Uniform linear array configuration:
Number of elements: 4
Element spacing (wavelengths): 0.25
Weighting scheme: binomial
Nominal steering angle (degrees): -60
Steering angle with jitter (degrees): -58.661
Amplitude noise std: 0.05
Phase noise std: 0.05

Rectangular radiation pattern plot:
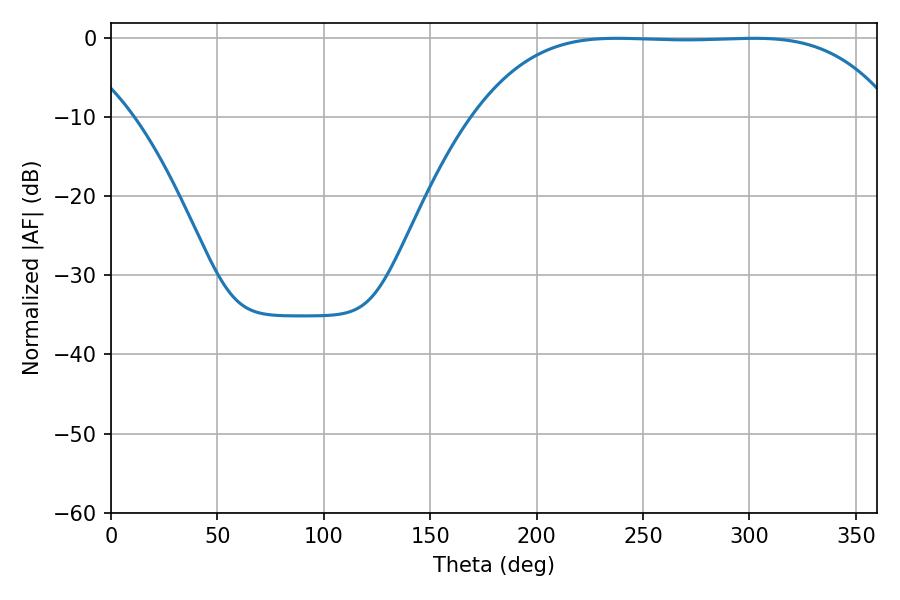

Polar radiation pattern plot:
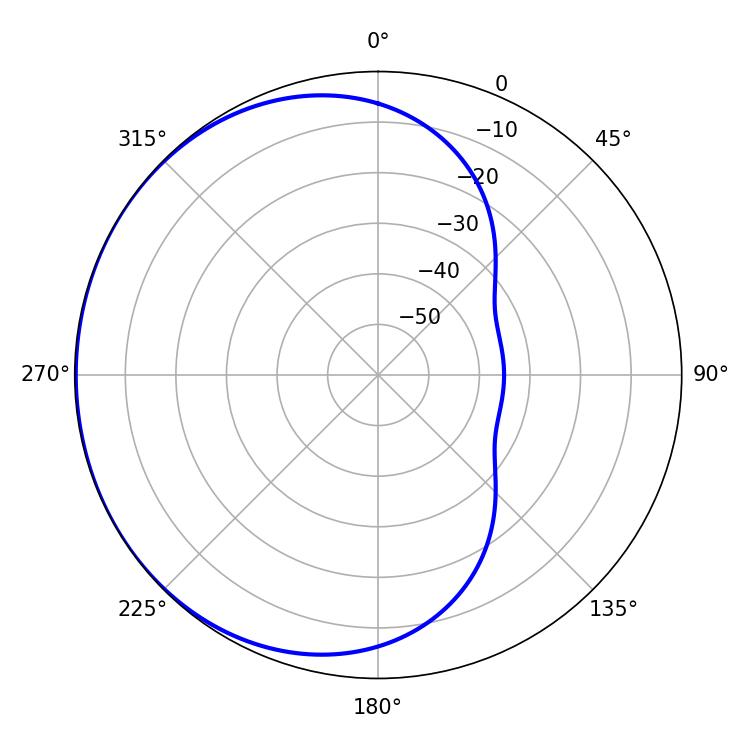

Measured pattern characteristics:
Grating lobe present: FALSE
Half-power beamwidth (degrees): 150.84
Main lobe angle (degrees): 237.78